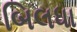
બિલધા